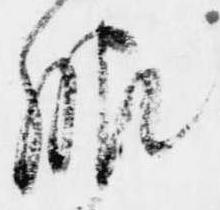
服